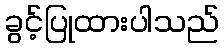
ခွင့်ပြုထားပါသည်